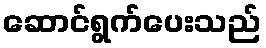
ဆောင်ရွက်ပေးသည်